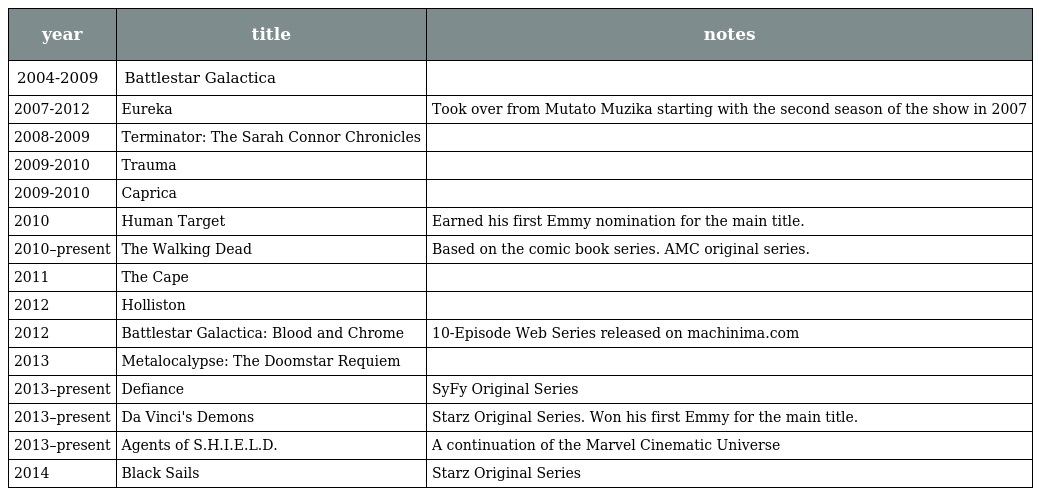
| year | title | notes |
 | --- | --- | --- |
 | 2004-2009 | Battlestar Galactica |  |
 | 2007-2012 | Eureka | Took over from Mutato Muzika starting with the second season of the show in 2007 |
 | 2008-2009 | Terminator: The Sarah Connor Chronicles |  |
 | 2009-2010 | Trauma |  |
 | 2009-2010 | Caprica |  |
 | 2010 | Human Target | Earned his first Emmy nomination for the main title. |
 | 2010–present | The Walking Dead | Based on the comic book series. AMC original series. |
 | 2011 | The Cape |  |
 | 2012 | Holliston |  |
 | 2012 | Battlestar Galactica: Blood and Chrome | 10-Episode Web Series released on machinima.com |
 | 2013 | Metalocalypse: The Doomstar Requiem |  |
 | 2013–present | Defiance | SyFy Original Series |
 | 2013–present | Da Vinci's Demons | Starz Original Series. Won his first Emmy for the main title. |
 | 2013–present | Agents of S.H.I.E.L.D. | A continuation of the Marvel Cinematic Universe |
 | 2014 | Black Sails | Starz Original Series |